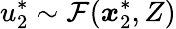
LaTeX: \displaystyle u_{2}^{*}\sim\mathcal{F}(\boldsymbol{x}_{2}^{*},Z)